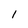
Character: l